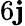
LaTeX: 6\mathbf{j}